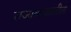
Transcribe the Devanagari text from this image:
राज्यकाळातील